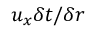
u _ { x } \delta t / \delta r